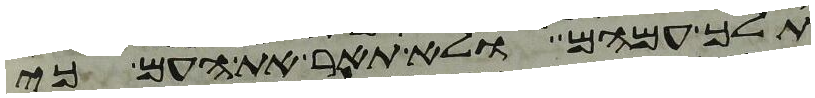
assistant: תלך עמהם ולא תאר את העם כי